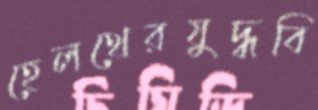
হেলথেরযুদ্ধবি